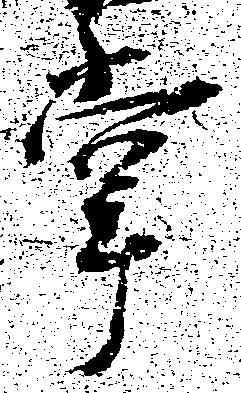
掌